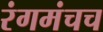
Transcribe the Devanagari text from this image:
रंगमंचच